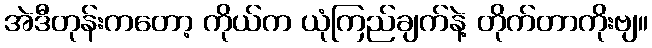
အဲဒီတုန်းကတော့ ကိုယ်က ယုံကြည်ချက်နဲ့ တိုက်တာကိုးဗျ။